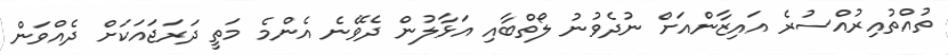
ތުއްތުއިރުއްސުރެ އައިޒާންއަށް ނުދެވުނު ލޯތްބާއި އަޅާލުން ދެވޭނެ އެންމެ މަތީ ދަރަޖައަކަށް ދެއްވަން